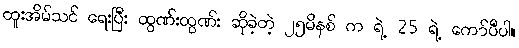
ထူးအိမ်သင် ရေးပြီး ထွဏ်းထွဏ်း ဆိုခဲ့တဲ့ ၂၅မိနစ် က ရဲ့ 25 ရဲ့ ကော်ပီပါ။